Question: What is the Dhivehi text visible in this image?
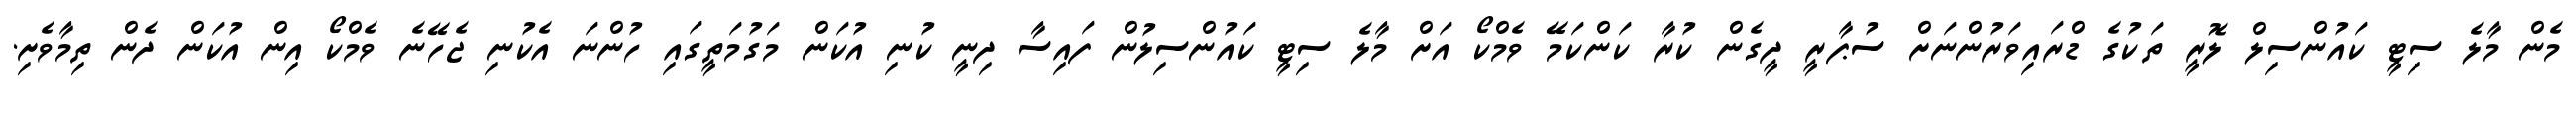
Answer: މެން މާލެ ސިޓީ ކައުންސިލް ލޮރީ ތަކުގެ ޑްރައިވަރުންނަށް ސުޕާރީ ދީގެން ކުރާ ކަންކަމޭ ވެމްކޯ އަށް މާލެ ސިޓީ ކައުންސިލުން ފައިސާ ދިނީ ކުނި އުކަން މަގުމަތީގައި ހުންނަ އެކުނި ޖެހޭނެ ވެމްކޯ އިން އުކަން ދެން ތިމާވެށި.